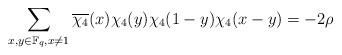
LaTeX: \begin{align*}\sum\limits_{x,y\in\mathbb{F}_q, x\neq 1}\overline{\chi_4}(x)\chi_4(y)\chi_4(1-y)\chi_4(x-y)=-2\rho\end{align*}